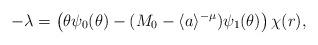
LaTeX: \begin{align*}-\lambda=\left( \theta\psi_0(\theta)-(M_0-\langle a\rangle^{-{\mu}})\psi_1(\theta)\right)\chi(r),\end{align*}